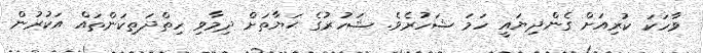
ވާހަކަ ކުރިއަށް ގެންދިޔައީ ހަމަ ޝަހުރެވެ. ޝަހުރުގެ ޙަޔާތަށް ދިމާވި ހިތްދަތިކަންތައް އަކުރުން